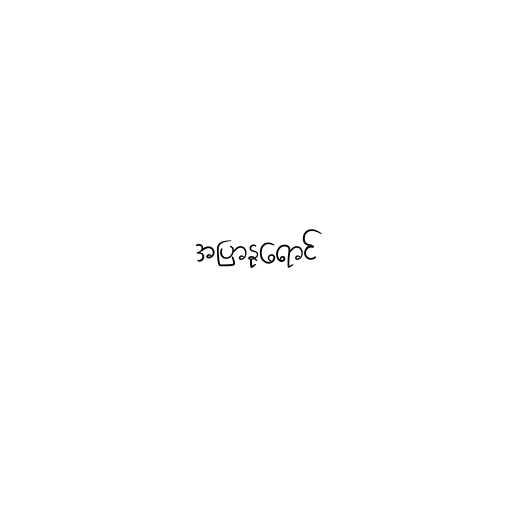
အပြာနုရောင်